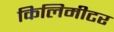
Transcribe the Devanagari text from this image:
किलिमीटर